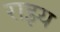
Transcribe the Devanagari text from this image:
राझ्य